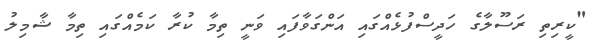
"ކީރިތި ރަސޫލާގެ ހަދީސްފުޅެއްގައި އަންގަވާފައި ވަނީ ތިމާ ކުރާ ކަމެއްގައި ތިމާ ޝާމިލު